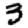
Digit: 3